Scottish Leaving Certificate Examination, 1961
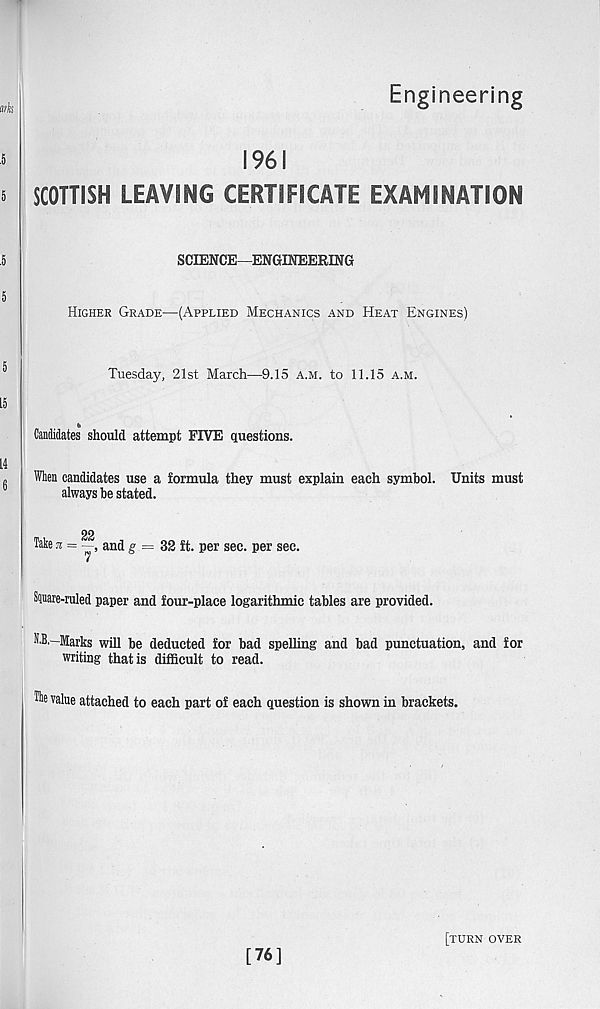
Engineering
1961
SCOTTISH LEAVING CERTIFICATE EXAMINATION
SCIENCE—ENGINEERING
Higher Grade—(Applied Mechanics and Heat Engines)
Tuesday, 21st March—9.15 a.m. to 11.15 a.m.
Candidates should attempt FIVE questions.
When candidates use a formula they must explain each symbol. Units must
always be stated.
22
Take 31 =
and g = 32 ft. per sec. per sec.
Sjuare-mled paper and four-place logarithmic tables are provided.
M.—Marks will be deducted for bad spelling and bad punctuation, and for
writing that is difficult to read.
The value attached to each part of each question is shown in brackets.
[76]
[turn over